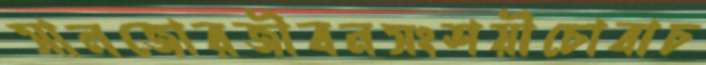
সালজোরজীবনসংশয়ীচোবাচ